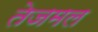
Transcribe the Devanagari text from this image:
तेजमल